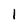
Character: 1